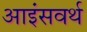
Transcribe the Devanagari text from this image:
आइंसवर्थ